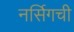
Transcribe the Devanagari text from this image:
नर्सिगची